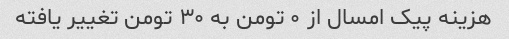
هزینه پیک امسال از ٠ تومن به ٣٠ تومن تغییر یافته